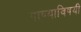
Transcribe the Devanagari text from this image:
गाण्याविषयी